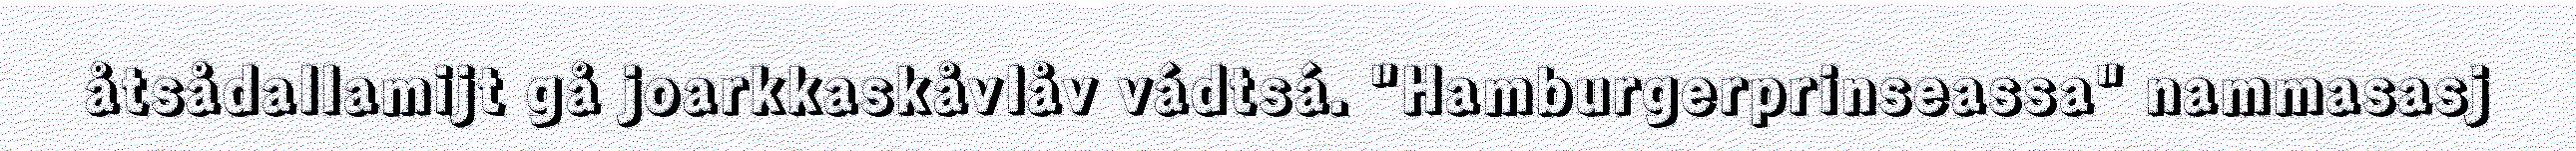
åtsådallamijt gå joarkkaskåvlåv vádtsá. "Hamburgerprinseassa" nammasasj